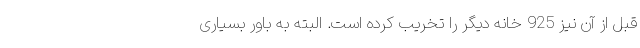
قبل از آن نیز 925 خانه دیگر را تخریب کرده است. البته به باور بسیاری